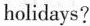
h olidays?